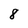
Character: 8